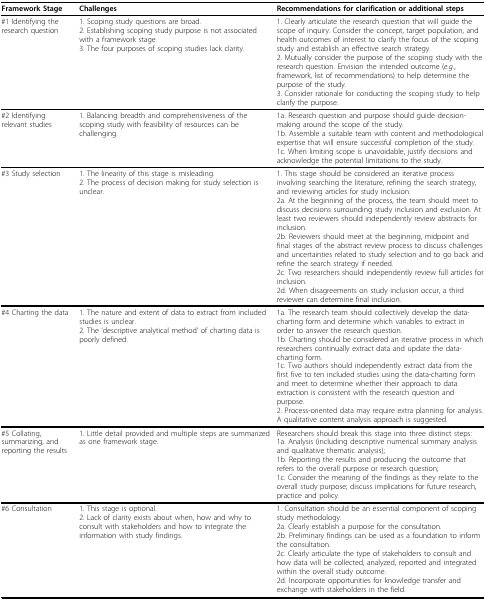
<table><thead><tr><td><b>Framework Stage</b></td><td><b>Challenges</b></td><td><b>Recommendations for clarification or additional steps</b></td></tr></thead><tbody><tr><td>#1 Identifying the research question</td><td>1. Scoping study questions are broad.2. Establishing scoping study purpose is not associated with a framework stage.3. The four purposes of scoping studies lack clarity.</td><td>1. Clearly articulate the research question that will guide the scope of inquiry. Consider the concept, target population, and health outcomes of interest to clarify the focus of the scoping study and establish an effective search strategy.2. Mutually consider the purpose of the scoping study with the research question. Envision the intended outcome (<i>e.g</i>., framework, list of recommendations) to help determine the purpose of the study.3. Consider rationale for conducting the scoping study to help clarify the purpose.</td></tr><tr><td>#2 Identifying relevant studies</td><td>1. Balancing breadth and comprehensiveness of the scoping study with feasibility of resources can be challenging.</td><td>1a. Research question and purpose should guide decision-making around the scope of the study.1b. Assemble a suitable team with content and methodological expertise that will ensure successful completion of the study.1c. When limiting scope is unavoidable, justify decisions and acknowledge the potential limitations to the study.</td></tr><tr><td>#3 Study selection</td><td>1. The linearity of this stage is misleading.2. The process of decision making for study selection is unclear.</td><td>1. This stage should be considered an iterative process involving searching the literature, refining the search strategy, and reviewing articles for study inclusion.2a. At the beginning of the process, the team should meet to discuss decisions surrounding study inclusion and exclusion. At least two reviewers should independently review abstracts for inclusion.2b. Reviewers should meet at the beginning, midpoint and final stages of the abstract review process to discuss challenges and uncertainties related to study selection and to go back and refine the search strategy if needed.2c. Two researchers should independently review full articles for inclusion.2d. When disagreements on study inclusion occur, a third reviewer can determine final inclusion.</td></tr><tr><td>#4 Charting the data</td><td>1. The nature and extent of data to extract from included studies is unclear.2. The &#x27;descriptive analytical method&#x27; of charting data is poorly defined.</td><td>1a. The research team should collectively develop the data-charting form and determine which variables to extract in order to answer the research question.1b. Charting should be considered an iterative process in which researchers continually extract data and update the data-charting form.1c. Two authors should independently extract data from the first five to ten included studies using the data-charting form and meet to determine whether their approach to data extraction is consistent with the research question and purpose.2. Process-oriented data may require extra planning for analysis. A qualitative content analysis approach is suggested.</td></tr><tr><td>#5 Collating, summarizing, and reporting the results</td><td>1. Little detail provided and multiple steps are summarized as one framework stage.</td><td>Researchers should break this stage into three distinct steps:1a. Analysis (including descriptive numerical summary analysis and qualitative thematic analysis);1b. Reporting the results and producing the outcome that refers to the overall purpose or research question;1c. Consider the meaning of the findings as they relate to the overall study purpose; discuss implications for future research, practice and policy.</td></tr><tr><td>#6 Consultation</td><td>1. This stage is optional.2. Lack of clarity exists about when, how and why to consult with stakeholders and how to integrate the information with study findings.</td><td>1. Consultation should be an essential component of scoping study methodology.2a. Clearly establish a purpose for the consultation.2b. Preliminary findings can be used as a foundation to inform the consultation.2c. Clearly articulate the type of stakeholders to consult and how data will be collected, analyzed, reported and integrated within the overall study outcome.2d. Incorporate opportunities for knowledge transfer and exchange with stakeholders in the field.</td></tr></tbody></table>